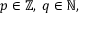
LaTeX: \; p \in \mathbb { Z } , \; q \in \mathbb { N } ,